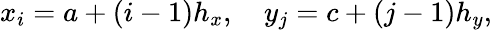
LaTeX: x_{i}=a+(i-1)h_{x},\quad y_{j}=c+(j-1)h_{y},